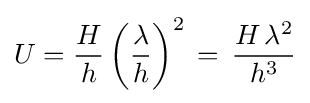
U={\frac {H}{h}}\left({\frac {\lambda }{h}}\right)^{2}\,=\,{\frac {H\,\lambda ^{2}}{h^{3}}}